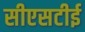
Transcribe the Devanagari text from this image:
सीएसटीई